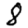
Digit: 8